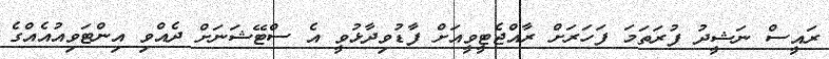
ރައީސް ނަޝީދު ފުރަތަމަ ފަހަރަށް ރާއްޖެޓީވީއަށް ފާޑުވިދާޅުވީ އެ ސްޓޭޝަނަށް ދެއްވި އިންޓަވިއުއެއްގެ